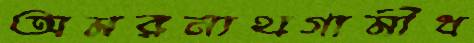
অমরনাথগামীধ